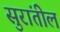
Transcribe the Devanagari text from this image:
सुरांतील